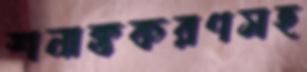
শনাক্তকরণসহ